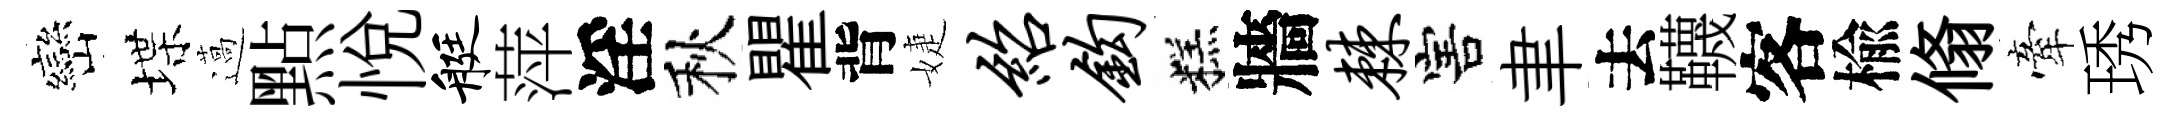
巒堞薖㸃悦艇萍淫秋瞿背婕绍钩糕牆棘害聿去韈客楡翛牽琇